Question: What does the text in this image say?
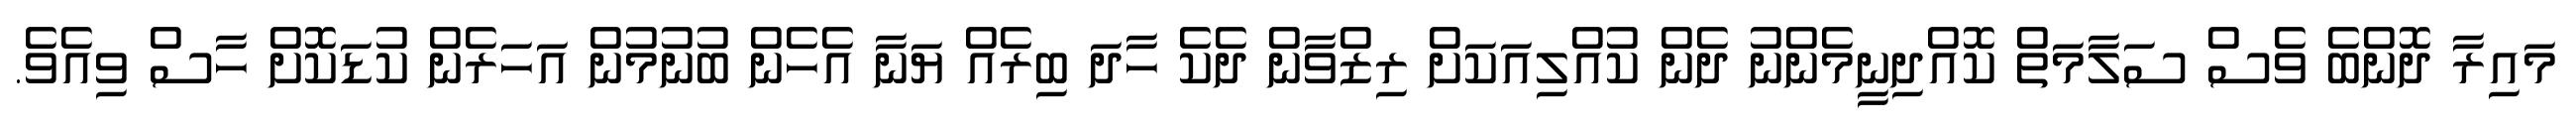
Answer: މައިރާ ދޮންބެ ވެސް ސަލާމަތް ކޮއްދިނީމެންނު ދެން ކުއްލިއަކަށް ރިޒްވާން ދެކެ ހާދަ ބިރެއް ޔަނާ އެހެން ބުނުމުން އަހަރެން ކުޑަކޮށް ހާސް ވިއެވެ.